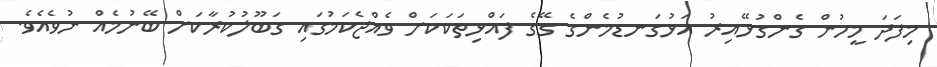
މިފަދަ މީހުން ގެންގުޅޭއިރު އަޅުގަނޑުމެންގެ ގޭގެ ފައްޅިތަކަކަށް ވެއްޖެކަމުގައި ގަބޫލުކުރާކަށް ބޭނުމެެއް ނުވެއެވެ.